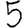
Digit: 5